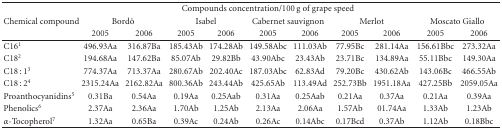
<table><thead><tr><td></td><td></td><td></td><td colspan="5"><b>Compounds concentration/100 g of grape speed</b></td><td></td><td></td><td></td></tr><tr><td><b>Chemical compound</b></td><td colspan="2"><b>Bordô</b></td><td colspan="2"><b>Isabel</b></td><td colspan="2"><b>Cabernet sauvignon</b></td><td colspan="2"><b>Merlot</b></td><td colspan="2"><b>Moscato Giallo</b></td></tr><tr><td></td><td><b>2005</b></td><td><b>2006</b></td><td><b>2005</b></td><td><b>2006</b></td><td><b>2005</b></td><td><b>2006</b></td><td><b>2005</b></td><td><b>2006</b></td><td><b>2005</b></td><td><b>2006</b></td></tr></thead><tbody><tr><td>C16<sup>1</sup></td><td>496.93Aa</td><td>316.87Ba</td><td>185.43Ab</td><td>174.28Ab</td><td>149.58Abc</td><td>111.03Ab</td><td>77.95Bc</td><td>281.14Aa</td><td>156.61Bbc</td><td>273.32Aa</td></tr><tr><td>C18<sup>2</sup></td><td>194.68Aa</td><td>147.62Ba</td><td>85.07Ab</td><td>29.82Bb</td><td>43.90Abc</td><td>23.43Ab</td><td>23.71Bc</td><td>134.89Aa</td><td>55.11Bbc</td><td>149.30Aa</td></tr><tr><td>C18 : 1<sup>3</sup></td><td>774.37Aa</td><td>713.37Aa</td><td>280.67Ab</td><td>202.40Ac</td><td>187.03Abc</td><td>62.83Ad</td><td>79.20Bc</td><td>430.62Ab</td><td>143.06Bc</td><td>466.55Ab</td></tr><tr><td>C18 : 2<sup>4</sup></td><td>2315.24Aa</td><td>2162.82Aa</td><td>800.36Ab</td><td>243.44Ab</td><td>425.65Ab</td><td>113.49Ad</td><td>252.73Bb</td><td>1951.18Aa</td><td>427.25Bb</td><td>2059.05Aa</td></tr><tr><td>Proanthocyanidins<sup>5</sup></td><td>0.31Ba</td><td>0.54Aa</td><td>0.19Aa</td><td>0.25Aab</td><td>0.31Aa</td><td>0.25Aab</td><td>0.21Aa</td><td>0.37Aa</td><td>0.21Aa</td><td>0.39Aa</td></tr><tr><td>Phenolics<sup>6</sup></td><td>2.37Aa</td><td>2.36Aa</td><td>1.70Ab</td><td>1.25Ab</td><td>2.13Aa</td><td>2.06Aa</td><td>1.57Ab</td><td>01.74Aa</td><td>1.33Ab</td><td>1.23Ab</td></tr><tr><td><i>α</i>-Tocopherol<sup>7</sup></td><td>1.32Aa</td><td>0.65Ba</td><td>0.39Ac</td><td>0.24Ab</td><td>0.26Ac</td><td>0.14Abc</td><td>0.17Bcd</td><td>0.37Ab</td><td>1.12Ab</td><td>0.18Bbc</td></tr></tbody></table>